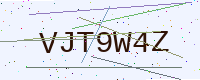
Text: VJT9W4Z